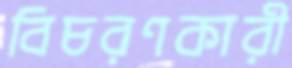
বিচরণকারী